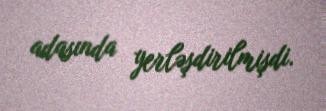
adasında yerləşdirilmişdi.